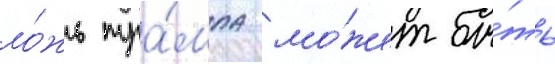
ло́жь тра́мпа мо́жет бы́ть